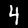
Label: 4